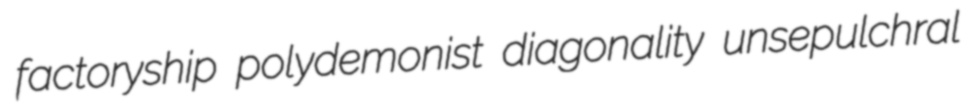
factoryship polydemonist diagonality unsepulchral